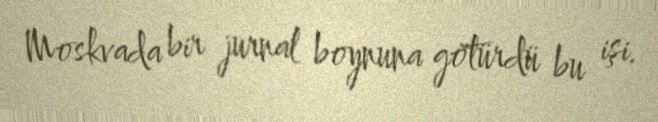
Moskvada bir jurnal boynuna götürdü bu işi.